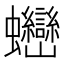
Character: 𧖖